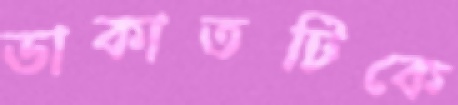
ডাকাতটিকে